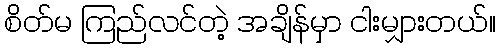
စိတ်မ ကြည်လင်တဲ့ အချိန်မှာ ငါးမျှားတယ်။